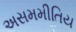
અસમમીતિય